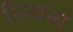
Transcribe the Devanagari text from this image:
स्न्यिन्ग